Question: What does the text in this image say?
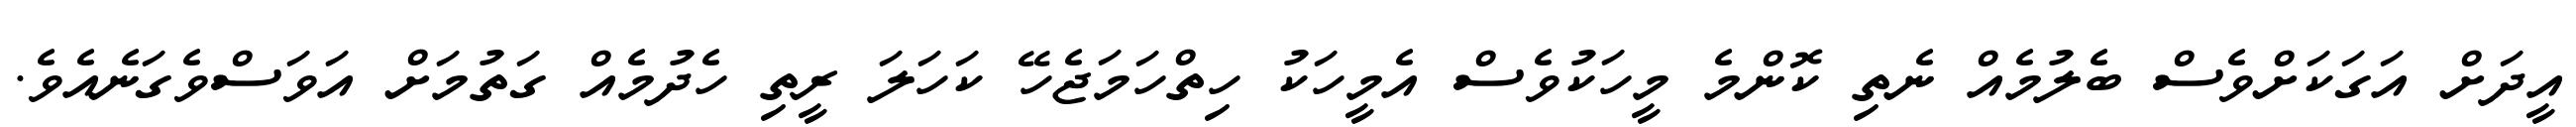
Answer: އީދަށް އަގަކަށްވެސް ބެލުމެއް ނެތި ކޮންމެ މީހަކުވެސް އެމީހަކު ހިތްހަމަޖެހޭ ކަހަލަ ރީތި ހެދުމެއް ގަތުމަށް އަވަސްވެގަނެއެވެ.